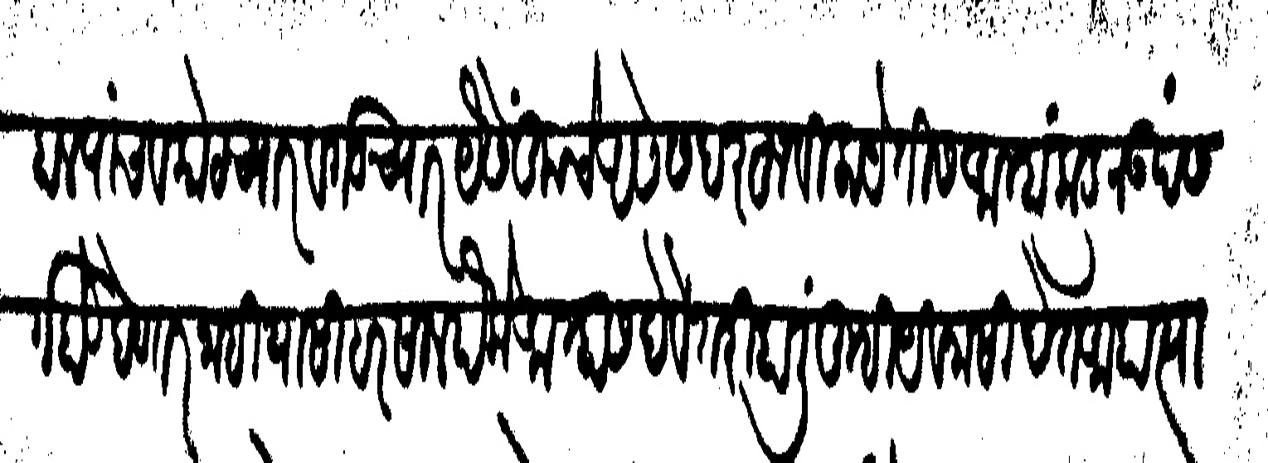
Transliteration (Devanagari): हाल पांच व कोट च्यार व गड च्यार यैसें तुमचे असे सदरहू विलायेतीस आम्हांकडून उपसर्ग होऊ देणार नाही यासी हरसाल पैके आम्हास देवे तरी हालीं तुम्ही यवनासी देत आहा त्यास